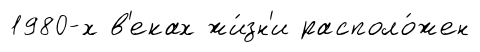
1980-х в'еках жи́зн'и располо́жен